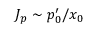
J _ { p } \sim p _ { 0 } ^ { \prime } / x _ { 0 }